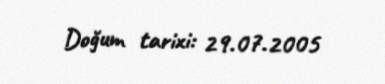
Doğum tarixi: 29.07.2005